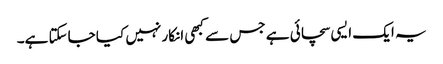
یہ ایک ایسی سچائی ہے جس سے کبھی انکار نہیں کیا جاسکتا ہے۔